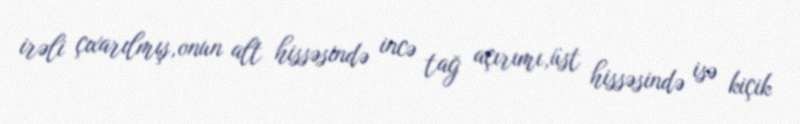
irəli çıxarılmış,onun alt hissəsində incə tağ açırımı,üst hissəsində isə kiçik